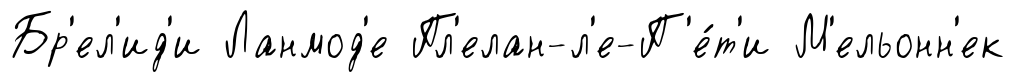
Бр'ел'ид'и Ланмод'е Пл'елан-л'е-П'е́т'и М'ельонн'ек